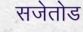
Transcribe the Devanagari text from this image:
सजेतोड